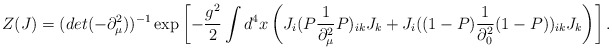
\begin{align*}Z(J) = (det (-\partial^2_{\mu}))^{-1} \exp \left[ -\frac{g^2}{2}\int d^4x \left( J_i (P \frac{1}{\partial^2_{\mu}} P)_{ik} J_k +J_i ((1 - P) \frac{1}{\partial^2_0} (1 - P))_{ik} J_k \right) \right].\end{align*}